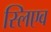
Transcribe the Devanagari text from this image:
स्लिएव